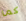
كما